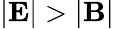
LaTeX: |{\mathbf E}|>|{\mathbf B}|